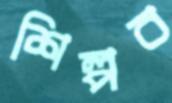
শিল্পব